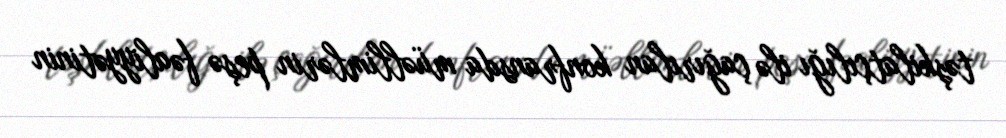
təşkilatçılığı ilə çağırılan konfransda müəllimlərin peşə fəaliyyətinin